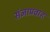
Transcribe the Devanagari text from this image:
संज्ञाप्रवाह